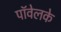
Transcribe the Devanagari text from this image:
पॉवेलके